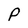
Character: P